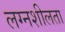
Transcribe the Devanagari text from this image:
लग्नशीलता